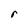
Character: r